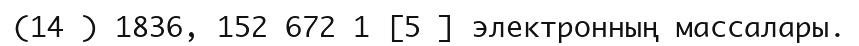
(14 ) 1836, 152 672 1 [5 ] электронның массалары.